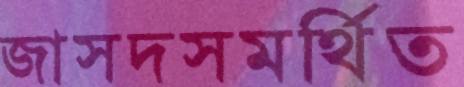
জাসদসমর্থিত